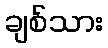
ချစ်သား